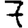
Digit: 7